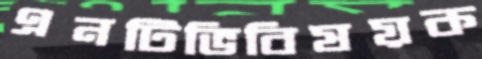
এনটিভিবিষয়ক